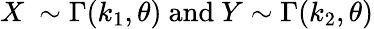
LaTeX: X~\sim\Gamma(k_{1},\theta){\mathrm{~and~}}Y\sim\Gamma(k_{2},\theta)